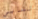
تشابي